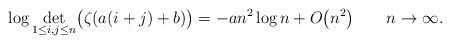
\begin{gather*}\log\det_{1\le i,j\le n}\bigl(\zeta(a(i+j)+b)\bigr)=-an^2\log n+O\big(n^2\big) \qquad n\to\infty.\end{gather*}